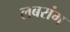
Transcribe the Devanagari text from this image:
लबरांग